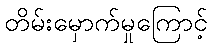
တိမ်းမှောက်မှုကြောင့်